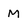
Character: M